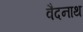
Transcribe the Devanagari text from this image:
वैदनाथ